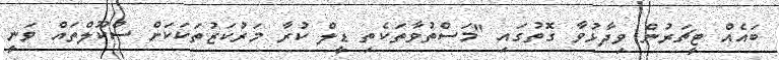
ބައެއް ޓީޗަރުން ވިދާޅުވާ ގޮތުގައި "މަސްތުވާތަކެތި ޑީލް ކުރާ މަރުކަޒުތަކަކަށް ސްކޫލްތައް ވަނީ